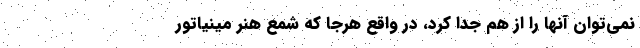
نمی‌توان آنها را از هم جدا کرد، در واقع هرجا که شمعِ هنرِ مینیاتور